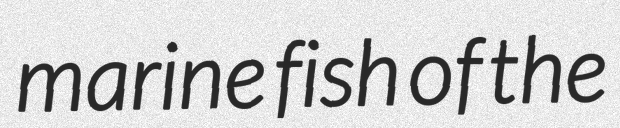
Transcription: marine fish of the